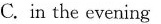
in the evening